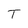
Character: T